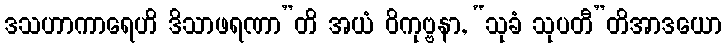
ဒသဟာကာရေဟိ ဒိသာဖရဏာ”တိ အယံ ဝိကုဗ္ဗနာ, “သုခံ သုပတီ”တိအာဒယော